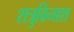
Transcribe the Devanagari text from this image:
शत्रुविनाश